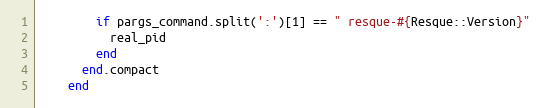
Language: Ruby
        if pargs_command.split(':')[1] == " resque-#{Resque::Version}"
          real_pid
        end
      end.compact
    end